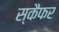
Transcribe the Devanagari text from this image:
स्कैफर